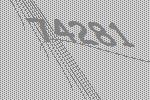
74281